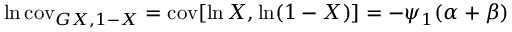
\ln \operatorname { c o v } _ { G X , 1 - X } = \operatorname { c o v } [ \ln X , \ln ( 1 - X ) ] = - \psi _ { 1 } ( \alpha + \beta )